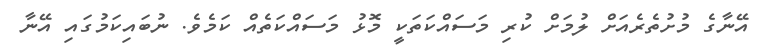
އޭނާގެ މުށުތެރެއަށް ލުމަށް ކުރި މަސައްކަތަކީ މޮޅު މަސައްކަތެއް ކަމެވެ. ނުބައިކަމުގައި އޭނާ